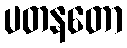
ပတနတော